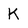
Character: K